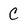
Character: C